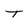
Character: T